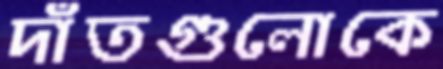
দাঁতগুলোকে